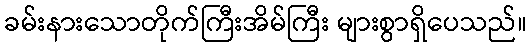
ခမ်းနားသောတိုက်ကြီးအိမ်ကြီး များစွာရှိပေသည်။